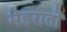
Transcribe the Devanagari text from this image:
मेहरातों